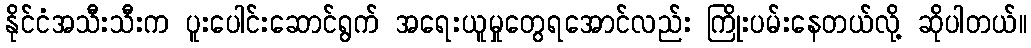
နိုင်ငံအသီးသီးက ပူးပေါင်းဆောင်ရွက် အရေးယူမှုတွေရအောင်လည်း ကြိုးပမ်းနေတယ်လို့ ဆိုပါတယ်။